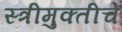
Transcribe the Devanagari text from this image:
स्त्रीमुक्तीचे